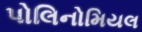
પોલિનોમિયલ